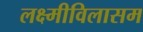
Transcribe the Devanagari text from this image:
लक्ष्मीविलासम